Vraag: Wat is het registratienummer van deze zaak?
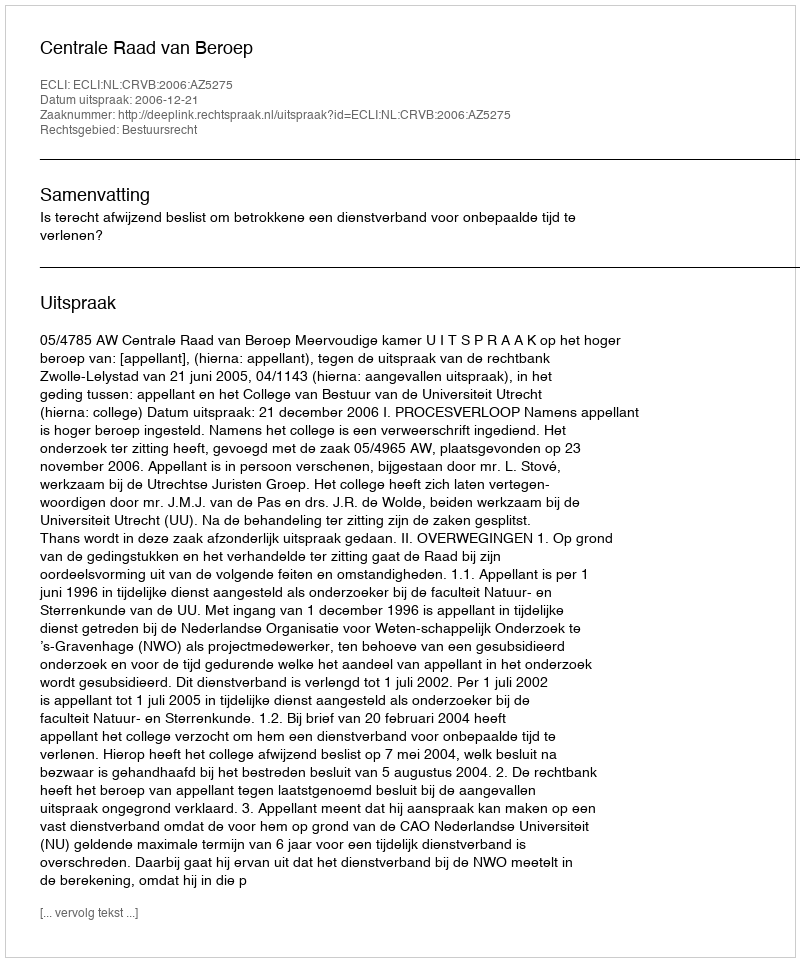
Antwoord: http://deeplink.rechtspraak.nl/uitspraak?id=ECLI:NL:CRVB:2006:AZ5275